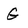
Character: G